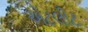
એટલીટ